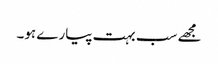
مجھے سب بہت پیارے ہو۔